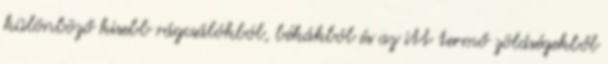
különböző kisebb rágcsálókból, békákból és az itt termő zöldségekből